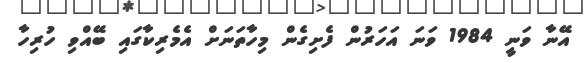
އޭނާ ވަނީ 1984 ވަނަ އަހަރުން ފެށިގެން މިހާތަނަށް އެމެރިކާގައި ބޭއްވި ހުރިހާ